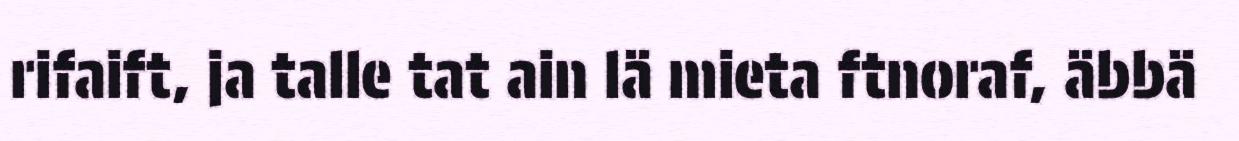
rifaift, ja talle tat ain lä mieta ftnoraf, äbbä